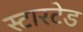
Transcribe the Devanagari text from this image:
स्टारटेड